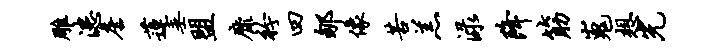
雕漶詹莲垂盟靡衿四郇像苦羔渌降筋嵬想光